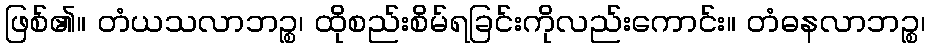
ဖြစ်၏။ တံယသလာဘဉ္စ၊ ထိုစည်းစိမ်ရခြင်းကိုလည်းကောင်း။ တံဓနလာဘဉ္စ၊